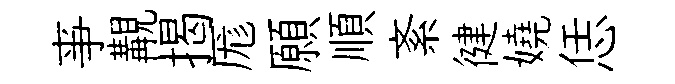
亊覯揭厖願順紊徤嬈恁